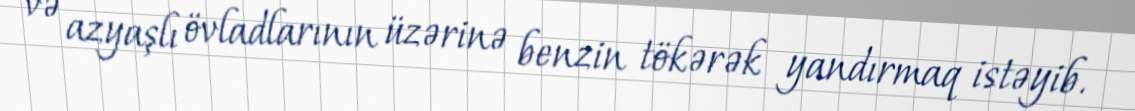
və azyaşlı övladlarının üzərinə benzin tökərək yandırmaq istəyib.